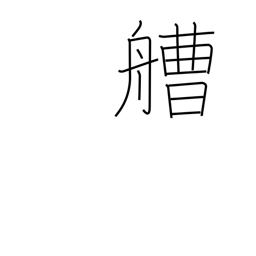
Meaning: boat